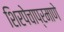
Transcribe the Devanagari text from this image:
शिरपेचाप्रमाणे